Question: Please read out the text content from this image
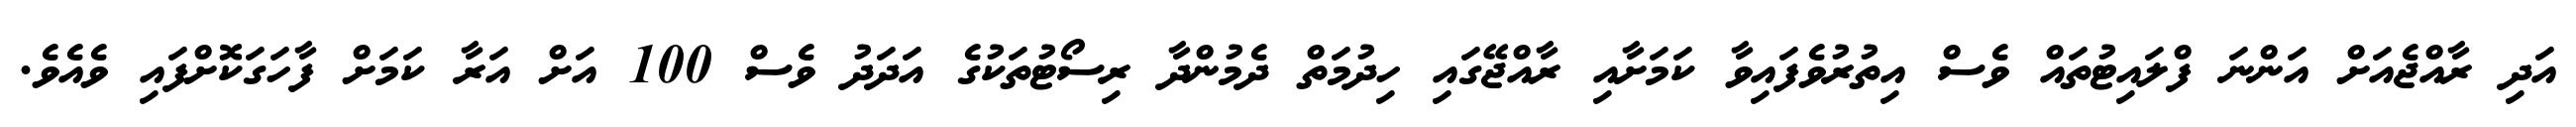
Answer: އަދި ރާއްޖެއަށް އަންނަ ފްލައިޓުތައް ވެސް އިތުރުވެފައިވާ ކަމަށާއި ރާއްޖޭގައި ހިދުމަތް ދެމުންދާ ރިސޯޓުތަކުގެ އަދަދު ވެސް 100 އަށް އަރާ ކަމަށް ފާހަގަކޮށްފައި ވެއެވެ.